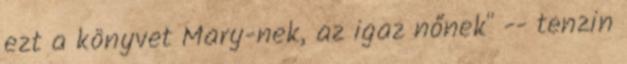
ezt a könyvet Mary-nek, az igaz nőnek" -- tenzin